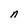
Character: n